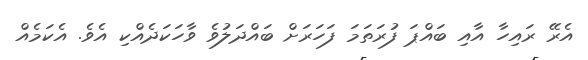
އެރޭ ރައިހާ އާއި ބައްޕަ ފުރަތަމަ ފަހަރަށް ބައްދަލުވެ ވާހަކަދެއްކި އެވެ. އެކަމެއް